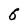
Character: 6